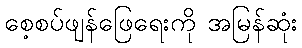
စေ့စပ်ဖျန်ဖြေရေးကို အမြန်ဆုံး